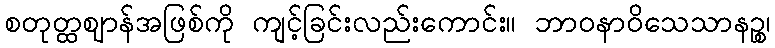
စတုတ္ထဈာန်အဖြစ်ကို ကျင့်ခြင်းလည်းကောင်း။ ဘာဝနာဝိသေသာနဉ္စ၊